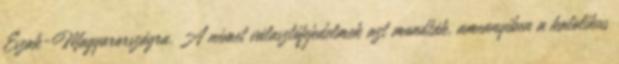
Észak-Magyarországra. A német választófejedelmek azt mondták, amennyiben a katolikus